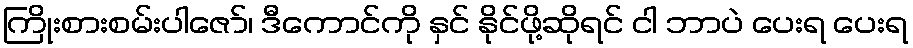
ကြိုးစားစမ်းပါဇော်၊ ဒီကောင်ကို နှင် နိုင်ဖို့ဆိုရင် ငါ ဘာပဲ ပေးရ ပေးရ